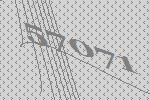
57071